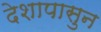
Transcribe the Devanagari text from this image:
देशापासुन